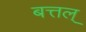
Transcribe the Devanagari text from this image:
बत्तल्